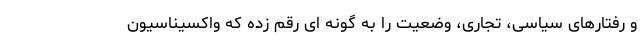
و رفتارهای سیاسی، تجاری، وضعیت را به گونه ای رقم زده که واکسیناسیون